Report on vaccination in Madras 1904-1921 - 1904-1921
Year: 1904
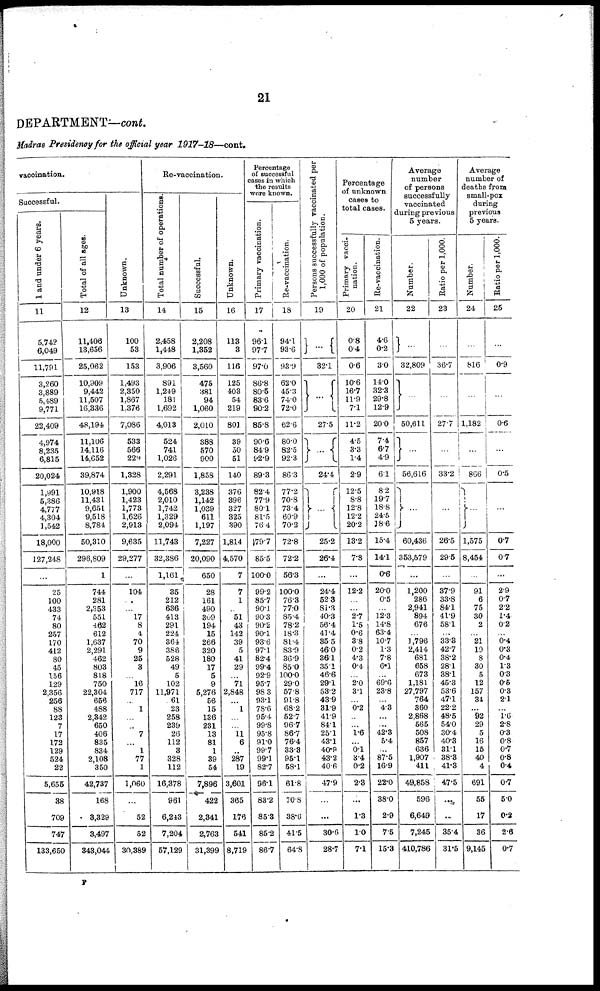
21
DEPARTMENT—cont.
Madras Presidency for the official year 1917-18—cont.
vaccination.
Successful.
1 and under 6 years.
11
5,742
6,049
11,791
3,260
3,889
5,489
9,771
22,409
4,974
8,235
6,815
20,024
1,991
5,386
4,777
4,304
1,542
18,000
127,248
...
25
100
433
74
80
257
170
412
80
45
156
129
2,356
256
88
123
7
17
172
129
524
22
5,655
38
709
747
133,650
Total of all ages.
12
11,406
13,656
25,062
10,909
9,442
11,507
16,336
48,194
11,106
14,116
14,652
39,874
10,918
11,431
9,651
9,518
8,784
50,310
296,809
1
744
281
2,353
551
462
612
1,637
2,291
462
803
818
750
22,304
656
488
2,342
650
406
835
834
2,108
350
42,737
168
3,329
3,497
343,044
Unknown.
13
100
53
153
1,493
2,350
1,867
1,376
7,086
533
566
229
1,328
1,900
1,423
1,773
1,626
2,913
9,635
29,277
...
104
...
...
17
8
4
70
9
25
3
...
16
717
...
1
...
...
7
...
1
77
1
1,060
...
52
52
30,389
Re-vaccination.
Total number of operations.
14
2,458
1,448
3,906
891
1,249
181
1,692
4,013
524
741
1,026
2,291
4,568
2,010
1,742
1,329
2,094
11,743
32,386
1,161
35
212
636
413
291
224
364
386
528
49
5
102
11,971
61
23
258
239
26
112
3
328
112
16,378
961
6,243
7,204
57,129
Successful.
15
2,208
1,352
3,560
475
381
94
1,060
2,010
388
570
900
1,858
3,238
1,142
1,039
611
1,197
7,227
20,090
650
28
161
490
309
194
15
266
320
180
17
5
9
5,276
56
15
136
231
13
81
1
39
54
7,896
422
2,341
2,763
31,399
Unknown.
16
113
3
116
125
403
54
219
801
39
50
51
140
376
396
327
325
390
1,814
4,570
7
7
1
...
51
43
142
39
5
41
29
...
71
2,848
...
1
...
...
11 6
...
287
19
3,601
365
176
541
8,719
Percentage
of successful
cases in which
the results
were known.
Primary vaccination.
17
96.1
97.7
97.0
86.8
80.5
83.6
90.2
85.8
90.6
84.9
92.9
89.3
82.4
77.9
80.1
81.5
76.4
79.7
85.5
100.0
99.2
85.7
90.1
90.3
90.2
90.1
93.6
97.1
82.4
99.4
92.9
95.7
98.3
93.1
78.6
95.4
99.8
95.8
91.0
99.7
99.1
82.7
96.1
83.2
85.3
85.2
86.7
Re-vaccination.
18
94.1
93.6
93.9
62.0
45.3
74.0
72.0
62.6
80.0
82.5
92.3
86.3
77.2
70.8
73.4
60.9
70.2
72.8
72.2
56.3
100.0
76.3
77.0
85.4
78.2
18.3
81.4
83.9
36.9
85.0
100.0
29.0
57.8
91.8
68.2
52.7
96.7
86.7
76.4
33.3
95.1
58.1
61.8
70.8
38.6
41.5
64.8
Persons successfully vaccinated per
1,000 of population.
19
...
32.1
...
27.5
...
24.4
...
25.2
26.4
...
24.4
52.3
81.3
40.3
56.4
41.4
35.5
46.0
36.1
35.1
46.6
29.1
53.2
43.9
31.9
41.9
84.1
25.1
43.1
40.9
43.2
40.6
47.9
...
...
30.6
28.7
Percentage
of unknown
cases to
total cases.
Primary vacci-
nation.
20
0.8
0.4
0.6
10.6
16.7
11.9
7.1
11.2
4.5
3.3
1.4
2.9
12.5
8.8
12.8
12.2
20.2
13.2
7.8
...
12.2
...
...
2.7
1.5
0.6
3.8
0.2
4.3
0.4
...
2.0
3.1
...
0.2
...
...
1.6
...
0.1
3.4
0.2
2.3
...
1.3
1.0
7.1
Re-vaccination.
21
4.6
0.2
3.0
14.0
32.3
29.8
12.9
20.0
7.4
6.7
4.9
6.1
8.2
19.7
18.8
24.5
18.6
15.4
14.1
0.6
20.0
0.5
...
12.3
14.8
63.4
10.7
1.3
7.8
6.1
...
69.6
23.8
...
4.3
...
...
42.3
5.4
...
87.5
16.9
22.0
38.0
2.9
7.5
15.3
Average
number
of persons
successfully
vaccinated
during previous
5 years.
Number.
22
...
32,809
...
50,611
...
56,616
...
60,436
353,579
...
1,200
286
2,941
894
676
...
1,796
2,414
681
658
673
1,181
27,797
764
360
2,868
565
508
857
636
1,907
411
49,858
596
6,649
7,245
410,786
Ratio per 1,000.
23
...
36.7
...
27.7
...
33.2
...
26.5
29.5
...
37.9
33.8
84.1
41.9
58.1
...
33.3
42.7
38.2
28.1
38.1
45.3
53.6
47.1
22.2
48.5
54.0
30.4
40.3
31.1
38.3
41.3
47.5
...
...
35.4
31.5
Average
number of
deaths from
small-pox
during
previous
5 years.
Number.
24
...
816
...
1,182
...
866
...
1,575
8,454
...
91
6
75
30
2
...
21
19
8
30
5
12
157
34
...
92
29
5
16
15
40
4
691
55
17
36
9,145
Ratio per 1,000.
25
...
0.9
...
0.6
...
0.5
...
0.7
0.7
...
2.9
0.7
2.2
1.4
0.2
...
0.4
0.3
0.4
1.3
0.3
0.5
0.3
2.1
...
1.6
2.8
0.3
0.8
0.7
0.8
0.4
0.7
5.0
0.2
2.6
0.7
F